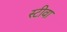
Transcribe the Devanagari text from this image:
स्टीवा